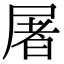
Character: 屠